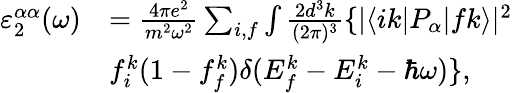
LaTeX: \begin{array}{rl}{\varepsilon_{2}^{\alpha\alpha}(\omega)}&{=\frac{4\pi e^{2}}{m^{2}\omega^{2}}\sum_{i,f}\int\frac{2d^{3}k}{(2\pi)^{3}}\{ |\langle ik|P_{\alpha}|fk\rangle|^{2}}\\ &{f_{i}^{k}(1-f_{f}^{k})\delta(E_{f}^{k}-E_{i}^{k}-\hbar\omega)\} ,}\end{array}